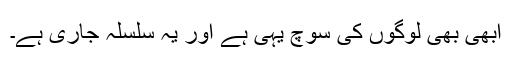
ابھی بھی لوگوں کی سوچ یہی ہے اور یہ سلسلہ جاری ہے۔